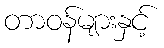
တာဝန်များနှင့်